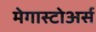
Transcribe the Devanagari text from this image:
मेगास्टोअर्स